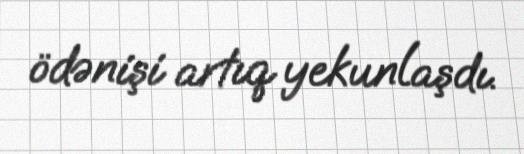
ödənişi artıq yekunlaşdı.